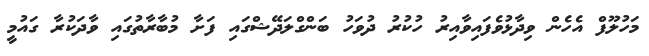
މަހުލޫފް އެހެން ވިދާޅުވެފައިވާއިރު ހުކުރު ދުވަހު ބަންގްލަދޭޝްގައި ފަށާ މުބާރާތުގައި ވާދަކުރާ ގައުމީ